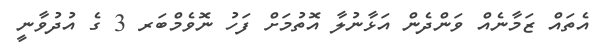
އެތައް ޒަމާނެއް ވަންދެން އަޅާނުލާ އޮތުމަށް ފަހު ނޮވެމްބަރ 3 ގެ އުދުވާނީ